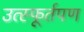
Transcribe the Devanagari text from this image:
उत्स्फूर्तपण